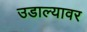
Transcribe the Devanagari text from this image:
उडाल्यावर